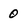
Character: 0